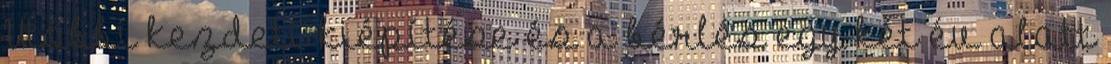
Utóbbi kezdeti kiépítése és a bérlés egy-két év alatt